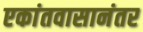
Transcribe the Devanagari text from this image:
एकांतवासानंतर